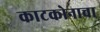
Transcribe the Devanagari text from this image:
काटकोनाचा